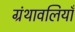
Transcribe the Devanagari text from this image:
ग्रंथावलियाँ